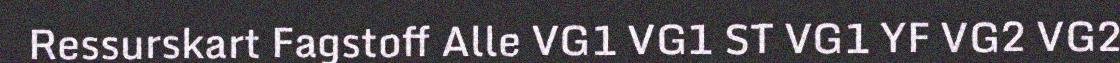
Ressurskart Fagstoff Alle VG1 VG1 ST VG1 YF VG2 VG2